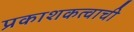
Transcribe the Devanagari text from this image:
प्रकाशकत्वाची